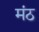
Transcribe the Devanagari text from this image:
मंठ